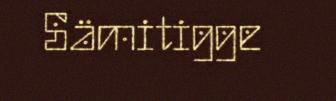
Sämitigge